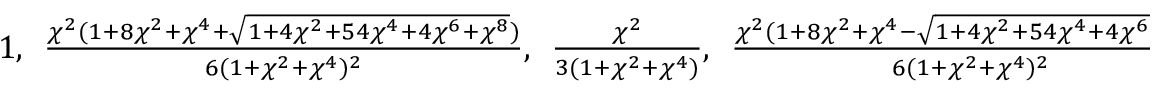
\textstyle 1 , \ \ \frac { \chi ^ { 2 } ( 1 + 8 \chi ^ { 2 } + \chi ^ { 4 } + \sqrt { 1 + 4 \chi ^ { 2 } + 5 4 \chi ^ { 4 } + 4 \chi ^ { 6 } + \chi ^ { 8 } } ) } { 6 ( 1 + \chi ^ { 2 } + \chi ^ { 4 } ) ^ { 2 } } , \ \ \frac { \chi ^ { 2 } } { 3 ( 1 + \chi ^ { 2 } + \chi ^ { 4 } ) } , \ \ \frac { \chi ^ { 2 } ( 1 + 8 \chi ^ { 2 } + \chi ^ { 4 } - \sqrt { 1 + 4 \chi ^ { 2 } + 5 4 \chi ^ { 4 } + 4 \chi ^ { 6 } + \chi ^ { 8 } } ) } { 6 ( 1 + \chi ^ { 2 } + \chi ^ { 4 } ) ^ { 2 } } .